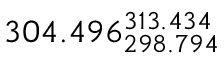
3 0 4 . 4 9 6 _ { 2 9 8 . 7 9 4 } ^ { 3 1 3 . 4 3 4 }